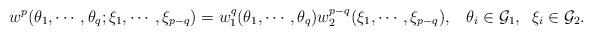
LaTeX: \begin{align*}w^p(\theta_1,\cdots,\theta_{q};\xi_1,\cdots,\xi_{p-q})=w_1^q(\theta_1,\cdots,\theta_{q}) w_2^{p-q}(\xi_1,\cdots,\xi_{p-q}),\;\;\; \theta_i\in {\cal G}_1,\;\;\xi_i\in {\cal G}_2.\end{align*}